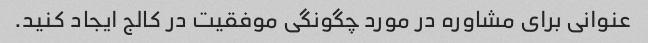
عنوانی برای مشاوره در مورد چگونگی موفقیت در کالج ایجاد کنید.